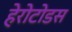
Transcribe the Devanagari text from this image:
हेरोटोडस